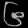
Digit: ၆